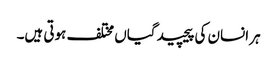
ہر انسان کی پیچیدگیاں مختلف ہوتی ہیں۔